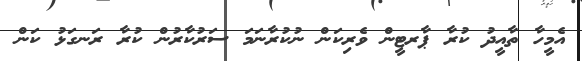
އެމީހާ ތާއީދު ކުރާ ޕާރޓީން ވެރިކަން ނުކުރާނަމަ ސަރުކާރުން ކުރާ ރަނގަޅު ކަން